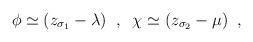
LaTeX: \begin{align*} \phi\simeq(z_{\sigma_{1}}-\lambda) \;\;, \;\;\chi\simeq(z_{\sigma_{2}}-\mu)\;\;,\end{align*}